Report of the Indian Hemp Drugs Commission, 1894-1895 - Volume VII
Year: 1894
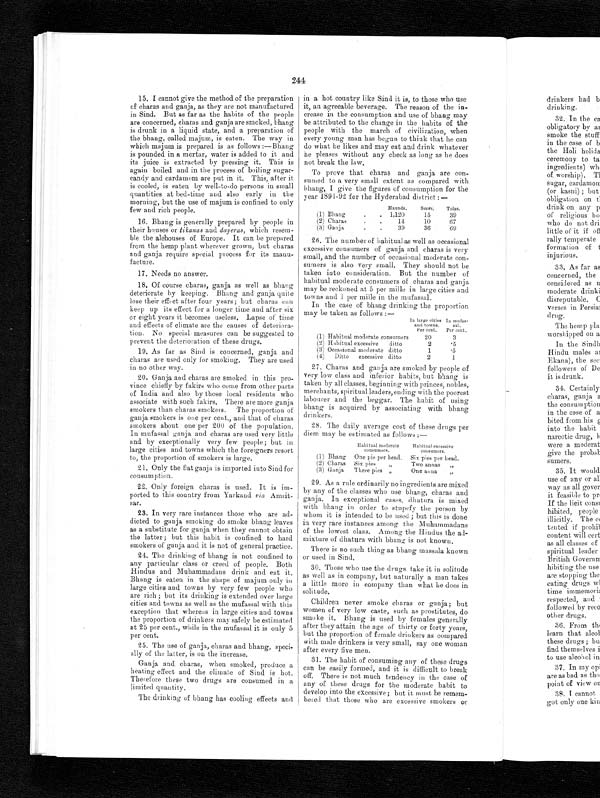
244
15.
I cannot give the method of the preparation
of charas and ganja, as they are not manufactured
in Sind. But as far as the habits of the people
are concerned, charas and ganja are smoked, bhang
is drunk in a liquid state, and a preparation of
the bhang, called majum, is eaten. The way in
which majum is prepared is as follows :—Bhang
is pounded in a mortar, water is added to it and
its juice is extracted by pressing it. This is
again boiled and in the process of boiling sugar-
candy and cardamom are put in it. This, after it
is cooled, is eaten by well-to-do persons in small
quantities at bed-time and also early in the
morning, but the use of majum is confined to only
few and rich people.
16. Bhang is generally prepared by people in
their houses or tikanas and dayeras, which resem-
ble the alehouses of Europe. It can be prepared
from the hemp plant wherever grown, but charas
and ganja require special process for its manu-
facture.
17. Needs no answer.
18. Of course charas, ganja as well as bhang
deteriorate by keeping. Bhang and ganja quite
lose their effect after four years; but charas c a n
keep up its effect for a longer time and after six
or eight years it becomes useless. Lapse of time
and effects of climate are the causes of deteriora-
tion. No special measures can be suggested to
prevent the deterioration of these drugs.
19. As far as Sind is concerned, ganja and
charas are used only for smoking. They are used
in no other way.
20. Ganja and charas are smoked in this pro-
vince chiefly by fakirs who come from other parts
of India and also by those local residents who
associate with such fakirs. There are more ganja
smokers than charas smokers. The proportion of
ganja smokers is one per cent., and that of charas
smokers about one per 200 of the population.
In mufassal ganja and charas are used very little
and by exceptionally very few people ; but in
large cities and towns which the foreigners resort
to, the proportion of smokers is large.
21. Only the flat ganja is imported into Sind for
consumption.
22. Only foreign charas is used. It is im-
ported to this country from Yarkand via Amrit-
sar.
23. In very rare instances those who are ad-
dicted to ganja smoking do smoke bhang leaves
as a substitute for ganja when they cannot obtain
the latter; but this habit is confined to hard
smokers of ganja and it is not of general practice.
24. The drinking of bhang is not confined to
an y particular class or creed of people. Both
Hindus and Muhammadans drink and eat it.
Bhang is eaten in the shape of majum only in
large cities and towns by very few people who
are rich ; but its drinking is extended over large
cities and towns as well as the mufassal with this
exception that whereas in large cities and towns
the proportion of drinkers may safely be estimated
at 25 per cent., while in the mufassal it is only 5
per cent.
25. The use of ganja, charas and bhang, speci-
ally of the latter, is on the increase.
Gauja and. charas, when smoked, produce a
heating effect and the climate of Sind is hot..
Therefore these two drugs are consumed in a
limited quantity.
The drinking of bhang has cooling effects and
in a hot country like Sind it is, to those who use
it, an agreeable beverage. The reason of the in-
crease in the consumption and use of bhang may
be attributed to the change in the habits of the
people with the march of civilization, when
every young man has begun to think that he can
do what he likes and may eat and drink whatever
he pleases without any check as long as he does
not break the law.
To prove that charas and ganja are con-
sumed to a very small extent as compared with
bhang, I give the figures of consumption for the
year 1891-92 for the Hyderabad district :—
Maunds.
Seers.
Tolas.
(1) Bhang
.
. 1,120
15
39
(2) Charas
.
.
14
10
67
(3) Ganja
.
.
39
36
6 9
26. The number of habitual as well as occasional
excessive consumers of ganja and charas is very
small, and the number of occasional moderate con
-
sumers is also very small. They should not be
taken into consideration. But the number of
habitual moderate consumers of charas and ganja
may be reckoned at 5 per mille in large cities and
towns and 1 per mille in the mufassal.
In the case of bhang drinking the proportion
may be taken as follows :—
In large cities
and towns.
Per cent.
In mufas
¬sal.
Per cent.
(1) Habitual moderate consumers
20
3
(2) Habitual excessive
ditto
2
'5
(3) Occasional moderate ditto
1
5
(4) Ditto excessive ditto
2
1
27. Charas and ganja are smoked by people of
very low class and inferior habits, but bhang is
taken by all classes, beginning with princes, nobles,
merchants, spiritual leaders, ending with the poorest
labourer and the beggar. The habit of using
bhang is acquired by associating with bhang
drinkers.
28. The daily average cost of these drugs per
diem may be estimated as follows:—
Habitual moderate
consumers.
Habitual excessive
consumers.
(1) Bhang One pie per head.
Six pies per head.
(2) Charas
Six pies
"
Two annas
"
(3) Ganja
Three pies "
One anna
"
2 9 . A s a r u l e o r d i n a r i l y n o i n g r e d i e n t s a r e m i x e d
by any of the classes who use bhang, charas and
ganja. In exceptional cases, dhatura is mixed
with bhang in order to stupefy the person by
whom it is intended to be used ; but this is done
in very rare instances among the Muhammadans
of the lowest class. Among the Hindus the ad-
mixture of dhatura with bhang is not known.
There is no such thing as bhang massala known
or used in Sind.
30. Those who use the drugs take it in solitude
as well as in company, but naturally a man takes
a little more in company than what he does in
solitude.
Children never smoke charas or ganja; but
women of very low caste, such as prostitutes, do
smoke it. Bhang is used by females generally
after they attain the age of thirty or forty years,
but the proportion of female drinkers as compared
with male drinkers is very small, say one woman
after every five men.
31. The habit of consuming any of these drugs
can be easily formed, and it is difficult to break
off. There is not much tendency in the case of
any of these drugs for the moderate habit to
develop into the excessive; but it must be remem-
bered that those who are excessive smokers or